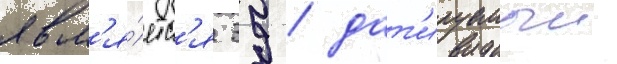
явл'я́етс'я 39 / дат'ируемыи